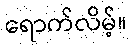
ရောက်လိမ့်။